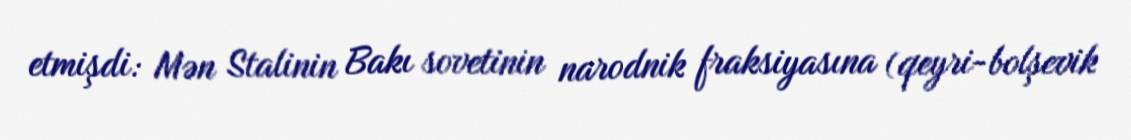
etmişdi: Mən Stalinin Bakı sovetinin narodnik fraksiyasına (qeyri-bolşevik